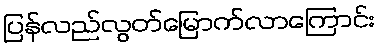
ပြန်လည်လွတ်မြောက်လာကြောင်း